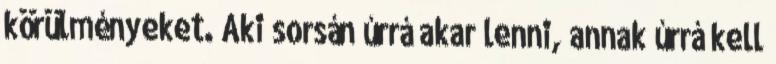
körülményeket. Aki sorsán úrrá akar lenni, annak úrrá kell